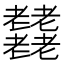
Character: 𦓋